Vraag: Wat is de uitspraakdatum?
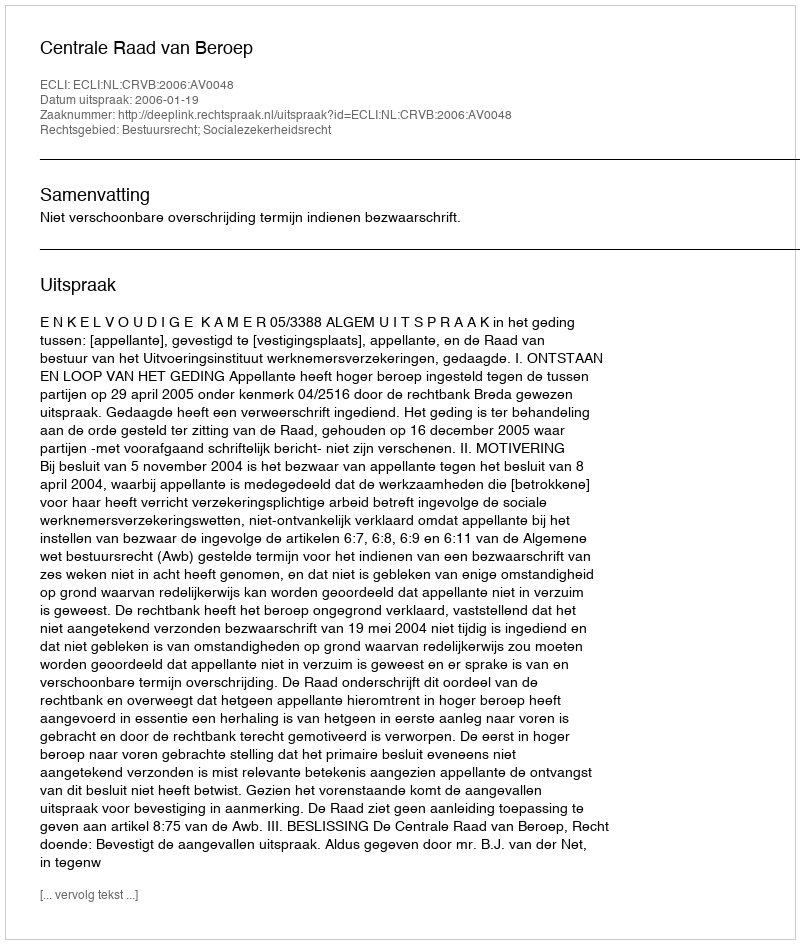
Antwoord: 2006-01-19